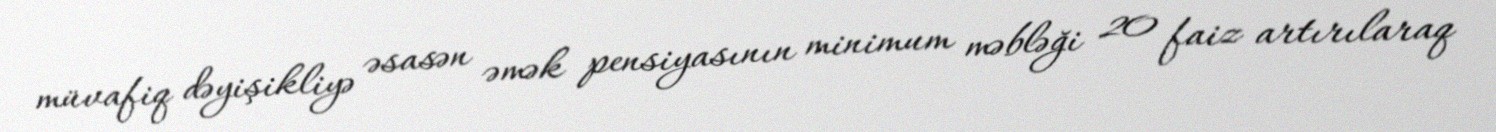
müvafiq dəyişikliyə əsasən əmək pensiyasının minimum məbləği 20 faiz artırılaraq